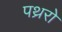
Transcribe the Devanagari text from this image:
पथ्ररो